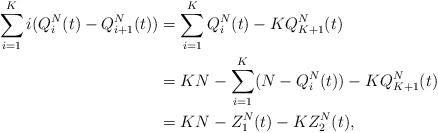
LaTeX: \begin{align*}\sum_{i=1}^{K}i(Q^N_i(t)-Q^N_{i+1}(t))&=\sum_{i=1}^{K}Q^N_i(t)-KQ^N_{K+1}(t)\\&=KN - \sum_{i=1}^{K}(N-Q^N_i(t))-KQ^N_{K+1}(t) \\&= KN-Z_1^N(t)-KZ_2^N(t),\end{align*}